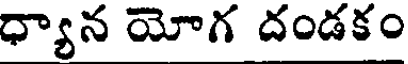
ధ్యాన యోగ దండకం